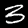
Digit: 3